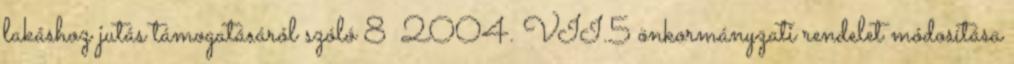
lakáshoz jutás támogatásáról szóló 8 2004. VII.5 önkormányzati rendelet módosítása